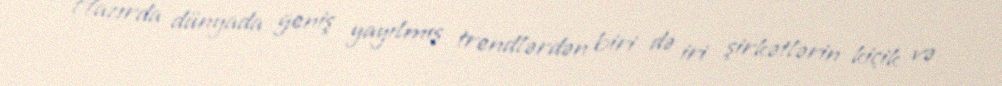
Hazırda dünyada geniş yayılmış trendlərdən biri də iri şirkətlərin kiçik və